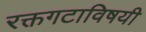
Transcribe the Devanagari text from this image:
रक्तगटाविषयी